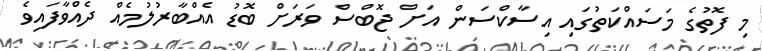
މި ފޮތުގެ މަސައްކަތުގައި އިސާކްސަން އަށް ޖޮބްސް ވަރަށް ބޮޑު އެއްބާރުލުމެއް ދެއްވާފައިވެ